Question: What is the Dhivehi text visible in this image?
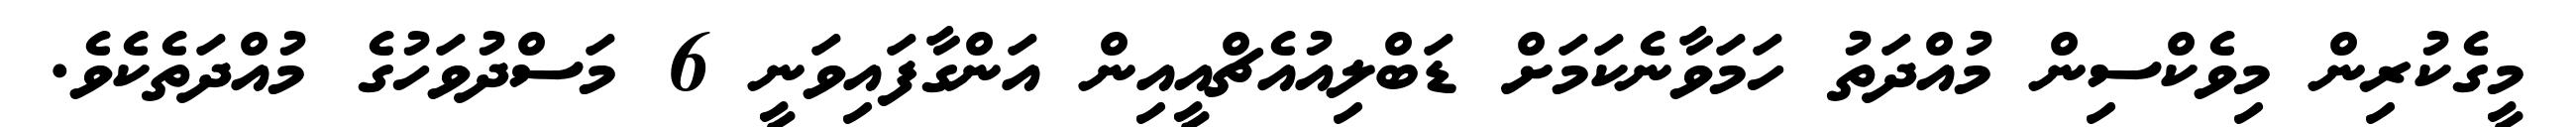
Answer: މީގެކުރިން މިވެކްސިން މުއްދަތު ހަމަވާނެކަމަށް ޑަބްލިއުއެޗްއީއިން އަންގާފައިވަނީ 6 މަސްދުވަހުގެ މުއްދަތެކެވެ.